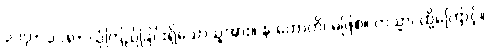
၃၁၇+ ၃၁၈+ ယုံကြည်ခြင်းရှိသောသူအား။ န ဟောတိ၊ မဖြစ်။ တသ္မာ၊ ထို့ကြောင့်။